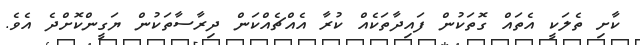
ކާށި ތެލަކީ އެތައް ގޮތަކުން ފައިދާތަކެއް ކުރާ އެއްޗެއްކަން ދިރާސާތަކުން ޔަގީންކޮށްދެ އެވެ.